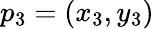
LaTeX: p_{3}=(x_{3},y_{3})